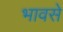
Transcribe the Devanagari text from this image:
भावसे